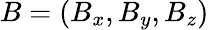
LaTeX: B=(B_{x},B_{y},B_{z})